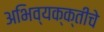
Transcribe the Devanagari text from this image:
अभिव्यक्क्तीचे